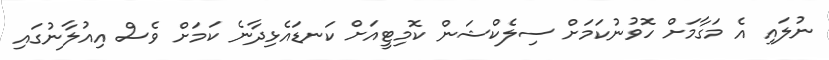
ނުލައި އެ މަގާމަށް ހޮވުނުކަމަށް ސިލެކްޝަން ކޮމިޓީއަށް ކަނޑައެޅިދާނެ ކަމަށް ވެސް އިއުލާނުގައި